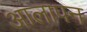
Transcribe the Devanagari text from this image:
आलापन